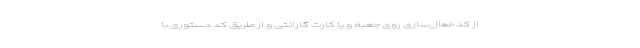
از کد فعال‌سازی روی جعبه و یا کارت گارانتی و از طریق کد دستوری با